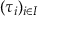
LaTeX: ( \tau _ { i } ) _ { i \in I }